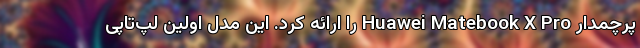
پرچمدار Huawei Matebook X Pro را ارائه کرد. این مدل اولین لپ‌تاپی